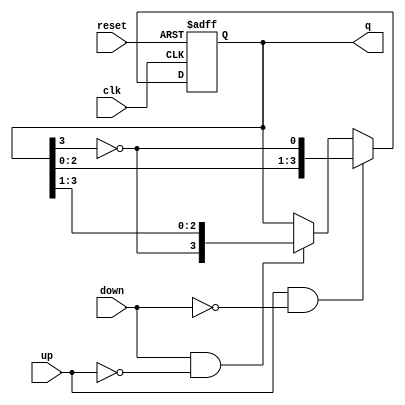
module bidirectional_johnson_counter #(
    parameter n = 4 // Number of flip-flops
)(
    input wire clk,          // Clock input
    input wire reset,        // Asynchronous reset
    input wire up,          // Count up control
    input wire down,        // Count down control
    output reg [n-1:0] q    // Counter output
);

    // Internal signal for the feedback mechanism
    wire feedback;

    // Assign feedback as the inverted output of the last flip-flop
    assign feedback = ~q[n-1];

    always @(posedge clk or posedge reset) begin
        if (reset) begin
            // Reset the counter to 0
            q <= 0;
        end else if (up && !down) begin
            // Count up
            q <= {q[n-2:0], feedback}; // Shift left and insert feedback
        end else if (down && !up) begin
            // Count down
            q <= {feedback, q[n-1:1]}; // Shift right and insert feedback
        end
        // If both up and down are asserted, maintain the current state
    end

endmodule